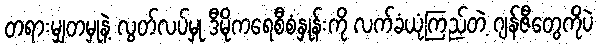
တရားမျှတမှုနဲ့ လွတ်လပ်မှု ဒီမိုကရေစီစံနှုန်းကို လက်ခံယုံကြည်တဲ့ ဂျန်ဇီတွေကိုပဲ